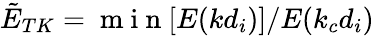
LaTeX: \tilde{E}_{TK}=\mathrm{~m~i~n~}[E(kd_{i})]/E(k_{c}d_{i})